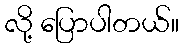
လို့ ပြောပါတယ်။